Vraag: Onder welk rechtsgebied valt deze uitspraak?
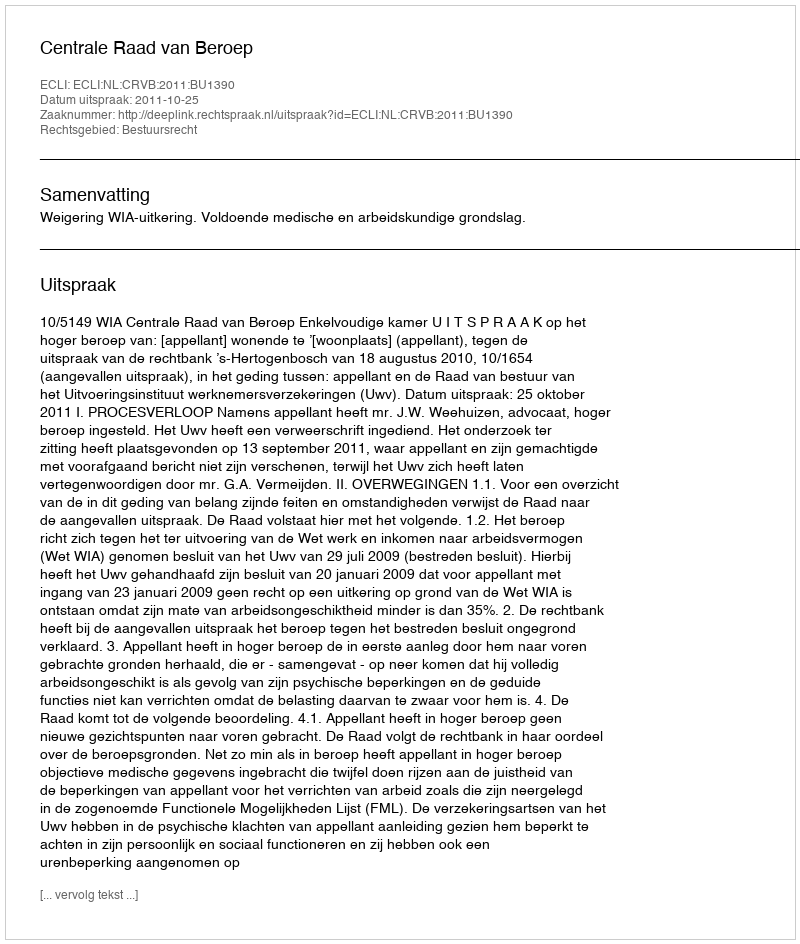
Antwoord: Bestuursrecht